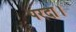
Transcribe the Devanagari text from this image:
परदा।